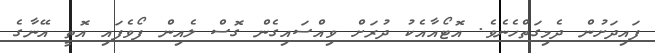
ފައިދަށުން ދެމިގަތްހެނެވެ. އޮޓޯއާއެކު ދުރަށް ވިއްސައިގެން ގޮސް ލެއިން ފޯވެފައި އޮތީ އޭނާގެ